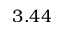
3 . 4 4